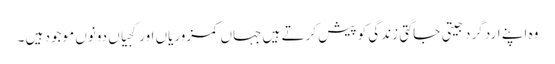
وہ اپنے ارد گرد جیتی جاگتی زندگی کو پیش کرتے ہیں جہاں کمزوریاں اور کجیاں دونوں موجود ہیں ۔